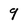
Character: 9